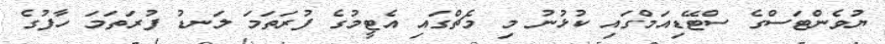
ޔުވެންޓަސްގެ ސްޓޭޑިއަމްގައި ކުޅުނު މި މެޗްގައި އެޓީމުގެ ފުރަތަމަ ލަނޑު ފުރަތަމަ ހާފުގެ